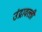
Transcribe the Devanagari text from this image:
उंद्रावल्ली